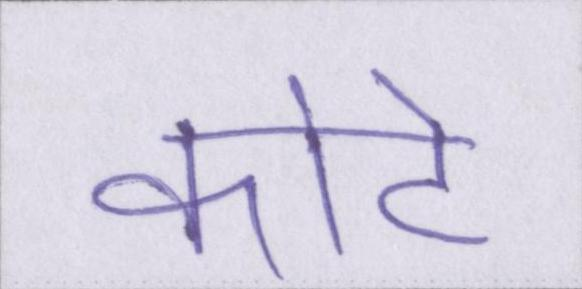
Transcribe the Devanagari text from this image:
कोटे